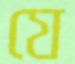
যে